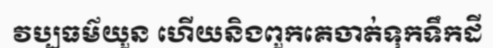
វប្បធម៌យួន ហើយនិងពួកគេចាត់ទុកទឹកដី